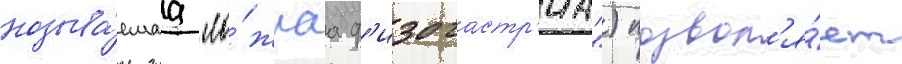
называ́емаа "ло́жнаа ф'изогастр'иа") позвол'я́ет